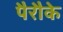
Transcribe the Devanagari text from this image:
पैरौके